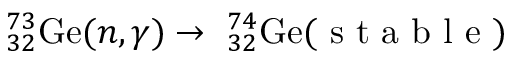
^ { 7 3 } _ { 3 2 } \mathrm { G e } ( n , \gamma ) \rightarrow \ _ { 3 2 } ^ { 7 4 } \mathrm { G e } ( \mathrm { ~ s ~ t ~ a ~ b ~ l ~ e ~ } )